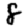
Digit: 8